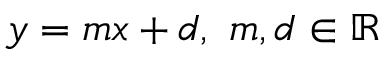
y = m x + d , \ m , d \in \mathbb { R }